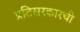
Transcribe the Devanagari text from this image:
प्रतिसरकारची